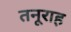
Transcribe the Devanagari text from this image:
तनूराह